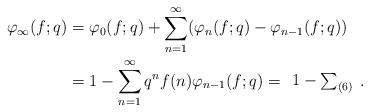
LaTeX: \begin{align*}\varphi_{\infty}(f;q) &= \varphi_0(f;q) + \sum_{n=1}^{\infty} (\varphi_n(f;q) - \varphi_{n-1}(f;q)) \\&= 1 - \sum_{n=1}^{\infty}q^nf(n) \varphi_{n-1}(f;q) = \begin{array}{c}1- \sum_{(6)}\end{array}.\end{align*}